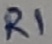
Text: R1